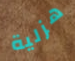
هزلية